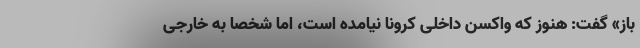
باز» گفت: هنوز که واکسن داخلی کرونا نیامده است، اما شخصا به خارجی